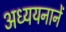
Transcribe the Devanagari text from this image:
अध्ययनानें